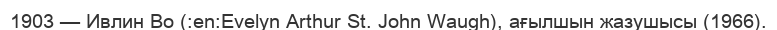
1903 — Ивлин Во (:en:Evelyn Arthur St. John Waugh), ағылшын жазушысы (1966).